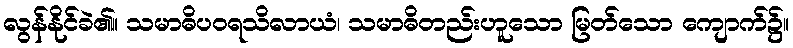
လွန်နိုင်ခဲ၏။ သမာဓိပဝရသိလာယံ၊ သမာဓိတည်းဟူသော မြတ်သော ကျောက်၌။